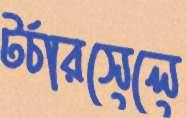
টর্চারসেলে